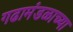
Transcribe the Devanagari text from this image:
गढामंडळाच्या